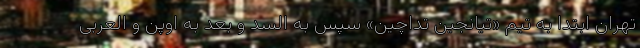
تهران ابتدا به تیم «تیانجین تداچين» سپس به السد و بعد به اوپن و العربی